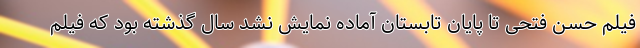
فیلم حسن فتحی تا پایان تابستان آماده نمایش نشد سال گذشته بود که فیلم